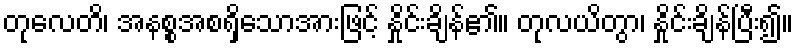
တုလေတိ၊ အနစ္စအစရှိသောအားဖြင့် နှိုင်းချိန်၏။ တုလယိတွာ၊ နှိုင်းချိန်ပြီး၍။